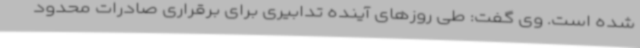
شده است. وی گفت: طی روزهای آینده تدابیری برای برقراری صادرات محدود